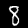
Digit: 8